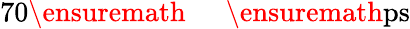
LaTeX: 70\ensuremath{\mathrm{~\textrm~{~\, ~}~}}\ensuremath{\mathrm{ps}}